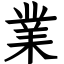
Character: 業